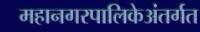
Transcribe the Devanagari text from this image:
महानगरपालिकेअंतर्गत